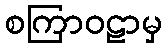
စကြာဝဠာမှ